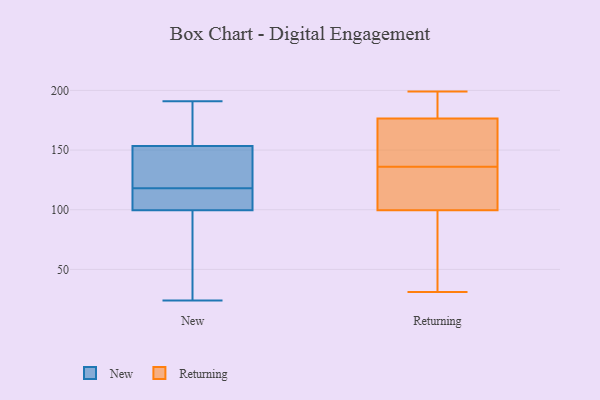
{"axis": {"x": "Demand Index", "y": "Value"}, "legend": ["New", "Returning"], "data": [{"x": "", "y": 99, "type": "New"}, {"x": "", "y": 101, "type": "New"}, {"x": "", "y": 140, "type": "New"}, {"x": "", "y": 189, "type": "New"}, {"x": "", "y": 158, "type": "New"}, {"x": "", "y": 118, "type": "New"}, {"x": "", "y": 24, "type": "New"}, {"x": "", "y": 56, "type": "New"}, {"x": "", "y": 107, "type": "New"}, {"x": "", "y": 120, "type": "New"}, {"x": "", "y": 191, "type": "New"}, {"x": "", "y": 123, "type": "Returning"}, {"x": "", "y": 198, "type": "Returning"}, {"x": "", "y": 199, "type": "Returning"}, {"x": "", "y": 168, "type": "Returning"}, {"x": "", "y": 197, "type": "Returning"}, {"x": "", "y": 198, "type": "Returning"}, {"x": "", "y": 70, "type": "Returning"}, {"x": "", "y": 131, "type": "Returning"}, {"x": "", "y": 60, "type": "Returning"}, {"x": "", "y": 93, "type": "Returning"}, {"x": "", "y": 168, "type": "Returning"}, {"x": "", "y": 141, "type": "Returning"}, {"x": "", "y": 106, "type": "Returning"}, {"x": "", "y": 150, "type": "Returning"}, {"x": "", "y": 145, "type": "Returning"}, {"x": "", "y": 58, "type": "Returning"}, {"x": "", "y": 185, "type": "Returning"}, {"x": "", "y": 31, "type": "Returning"}, {"x": "", "y": 111, "type": "Returning"}, {"x": "", "y": 118, "type": "Returning"}]}